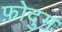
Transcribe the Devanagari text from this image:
फ़ोदुम